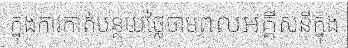
ក្នុងការកាត់បន្ថយថ្លៃថាមពលអគ្គីសនីក្នុង